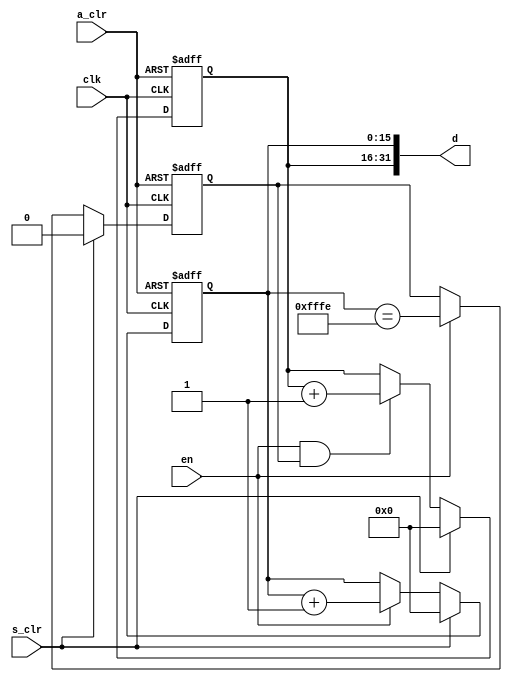
//
//------------------------------------------------------------------------------
//     Copyright (c) 2017 Huawei Technologies Co., Ltd. All Rights Reserved.
//
//     This program is free software; you can redistribute it and/or modify
//     it under the terms of the Huawei Software License (the "License").
//     A copy of the License is located in the "LICENSE" file accompanying 
//     this file.
//
//     This program is distributed in the hope that it will be useful,
//     but WITHOUT ANY WARRANTY; without even the implied warranty of
//     MERCHANTABILITY or FITNESS FOR A PARTICULAR PURPOSE. See the
//     Huawei Software License for more details. 
//------------------------------------------------------------------------------


`resetall
`timescale     1ns/100ps    // define simulation time scale

/***************************************************/

module count32 (
                a_clr,      
                s_clr,      
                clk,        
                en,         
                d           
                );

/***************************************************/
parameter               UDLY   = 1;

/***************************************************/
input          a_clr;
input          s_clr;
input          clk;
input          en;
output [31:0]  d;

/***************************************************/

reg    [15:0]  d_h;        
reg    [15:0]  d_l;        
reg            d_l_max;    

/***************************************************/

assign  d = {d_h, d_l};

always @( posedge clk or posedge a_clr )
    if (a_clr == 1'b1)
        d_l <= #UDLY 16'h0000;
    else if (s_clr)
        d_l <= #UDLY 16'h0000;
    else if (en)
        d_l <= #UDLY d_l + 16'd1;

always @( posedge clk or posedge a_clr )
    if (a_clr == 1'b1)
        d_l_max <= #UDLY 1'b0;
    else if (s_clr)
        d_l_max <= #UDLY 1'b0;
    else if (en)
        d_l_max <= #UDLY (d_l == 16'hfffe);

always @( posedge clk or posedge a_clr )
    if (a_clr == 1'b1)
        d_h <= #UDLY 16'h0000;
    else if (s_clr)
        d_h <= #UDLY 16'h0000;
    else if (en & d_l_max)
        d_h <= #UDLY d_h + 16'd1;

/***************************************************/

endmodule